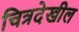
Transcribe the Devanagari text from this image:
चित्रदेखील